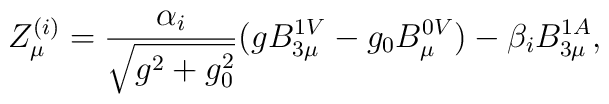
Z^{(i)}_{\mu} = \frac{\alpha_{i}}{\sqrt{g^{2}+g^{2}_{0}}}(gB^{1V}_{3\mu} - g_{0}B^{0V}_{\mu}) - \beta_{i} B^{1A}_{3\mu},